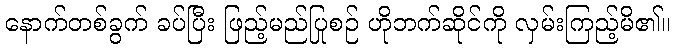
နောက်တစ်ခွက် ခပ်ပြီး ဖြည့်မည်ပြုစဉ် ဟိုဘက်ဆိုင်ကို လှမ်းကြည့်မိ၏။